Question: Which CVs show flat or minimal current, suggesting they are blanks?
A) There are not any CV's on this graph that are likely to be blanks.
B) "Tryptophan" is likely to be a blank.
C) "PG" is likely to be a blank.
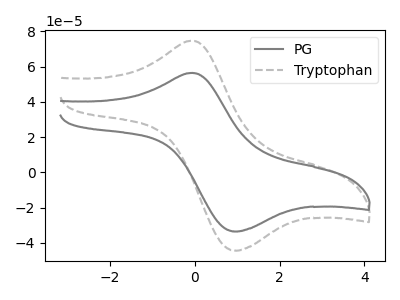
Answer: <think>The gray curve "PG" has an anodic peak at (-0.05V, 56.45uA) and a cathodic peak at (1.00V, -33.55uA). The gray dashed curve "Tryptophan" has an anodic peak at (-0.05V, 74.75uA) and a cathodic peak at (1.00V, -44.40uA).</think>
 <answer>A) There are not any CV's on this graph that are likely to be blanks.</answer>
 <eval>A</eval>